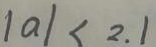
\vert a \vert < 2 . 1